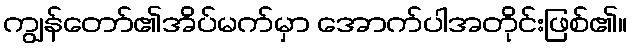
ကျွန်တော်၏အိပ်မက်မှာ အောက်ပါအတိုင်းဖြစ်၏။